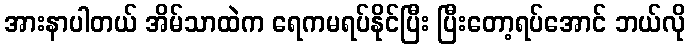
အားနာပါတယ် အိမ်သာထဲက ရေကမရပ်နိုင်ပြီး ပြီးတော့ရပ်အောင် ဘယ်လို